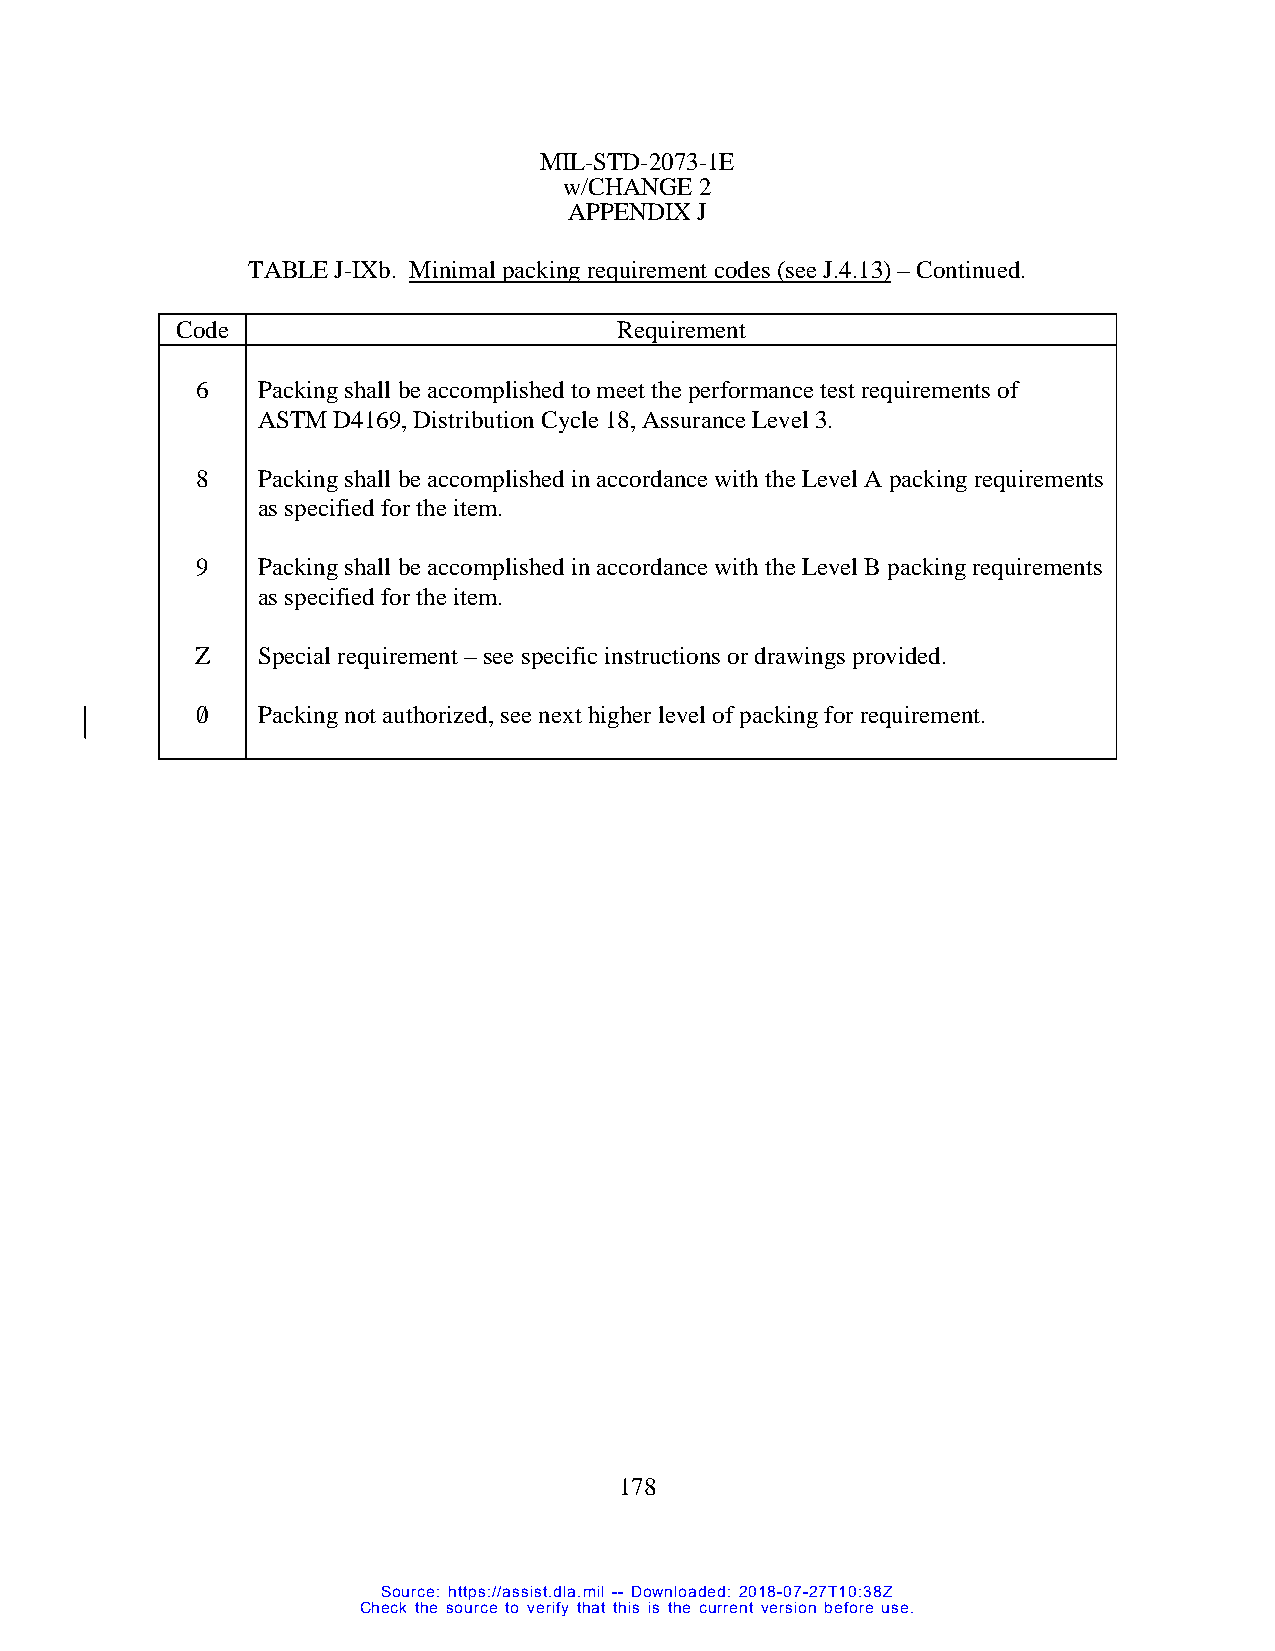
MIL-STD-2073-1E
 w/CHANGE 2
 APPENDIX J
 TABLE J-IXb. Minimal packing requirement codes (see J.4.13) – Continued.
 Code                         Requirement
 6   Packing shall be accomplished to meet the performance test requirements of
 ASTM D4169, Distribution Cycle 18, Assurance Level 3.
 8   Packing shall be accomplished in accordance with the Level A packing requirements
 as specified for the item.
 9   Packing shall be accomplished in accordance with the Level B packing requirements
 as specified for the item.
 Z   Special requirement – see specific instructions or drawings provided.
 0/  Packing not authorized, see next higher level of packing for requirement.
 178
 Source: https://assist.dla.mil -- Downloaded: 2018-07-27T10:38Z
 Check the source to verify that this is the current version before use.